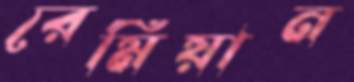
রেমিয়ান